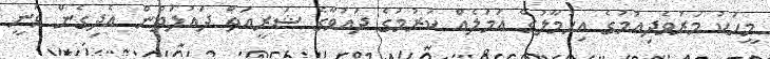
މީހަކު މަރުވެދިއުމުގެ އިހުމާލުގެ އަމަލެއް ކުރުމުގެ ދައުވާގެ ޝަރީއަތް ދައުލަތުން އެދިގެން ވަނީ